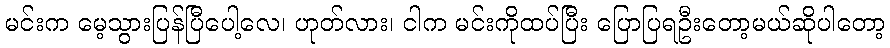
မင်းက မေ့သွားပြန်ပြီပေါ့လေ၊ ဟုတ်လား၊ ငါက မင်းကိုထပ်ပြီး ပြောပြရဦးတော့မယ်ဆိုပါတော့